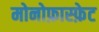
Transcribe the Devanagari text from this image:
मोनोफ़ास्फ़ेट